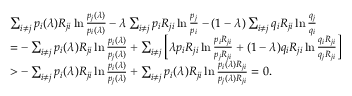
\begin{array} { r l } & { \sum _ { i \ne j } p _ { i } ( \lambda ) R _ { j i } \ln \frac { p _ { j } ( \lambda ) } { p _ { i } ( \lambda ) } - \lambda \sum _ { i \ne j } p _ { i } R _ { j i } \ln \frac { p _ { j } } { p _ { i } } - ( 1 - \lambda ) \sum _ { i \ne j } q _ { i } R _ { j i } \ln \frac { q _ { j } } { q _ { i } } } \\ & { = - \sum _ { i \ne j } p _ { i } ( \lambda ) R _ { j i } \ln \frac { p _ { i } ( \lambda ) } { p _ { j } ( \lambda ) } + \sum _ { i \ne j } \left[ \lambda p _ { i } R _ { j i } \ln \frac { p _ { i } R _ { j i } } { p _ { j } R _ { j i } } + ( 1 - \lambda ) q _ { i } R _ { j i } \ln \frac { q _ { i } R _ { j i } } { q _ { j } R _ { j i } } \right] } \\ & { > - \sum _ { i \ne j } p _ { i } ( \lambda ) R _ { j i } \ln \frac { p _ { i } ( \lambda ) } { p _ { j } ( \lambda ) } + \sum _ { i \ne j } p _ { i } ( \lambda ) R _ { j i } \ln \frac { p _ { i } ( \lambda ) R _ { j i } } { p _ { j } ( \lambda ) R _ { j i } } = 0 . } \end{array}